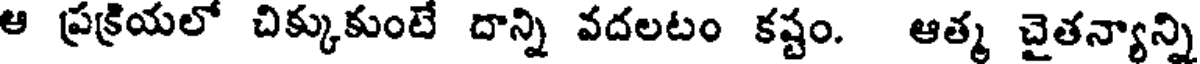
ఆ ప్రక్రియలో చిక్కుకుంటే దాన్ని వదలటం కష్టం. ఆత్మ చైతన్యాన్ని